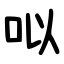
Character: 㕽